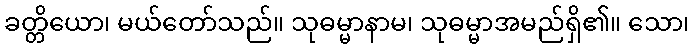
ခတ္တိယော၊ မယ်တော်သည်။ သုဓမ္မာနာမ၊ သုဓမ္မာအမည်ရှိ၏။ သော၊